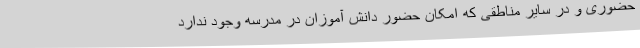
حضوری و در سایر مناطقی که امکان حضور دانش آموزان در مدرسه وجود ندارد